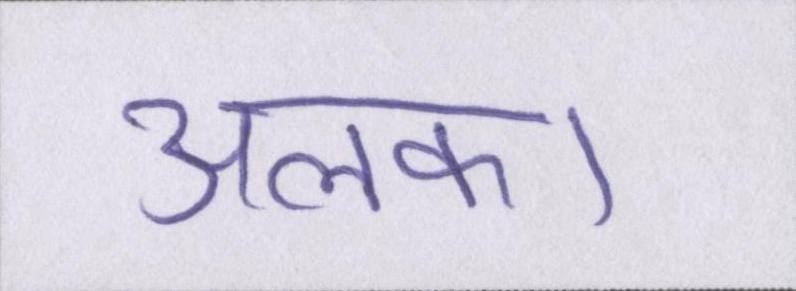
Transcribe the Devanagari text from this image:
अलका